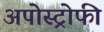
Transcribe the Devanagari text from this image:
अपोस्ट्रोफी